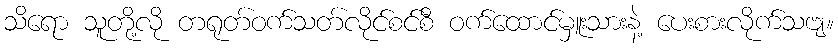
သိရော သူတို့လို တရုတ်ဝက်သတ်လိုင်စင်စီ ဝက်ထောင်မှူးသားနဲ့ ပေးစားလိုက်သဗျ။